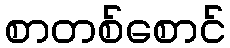
စာတစ်စောင်